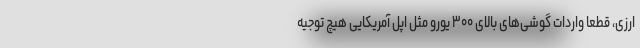
ارزی، قطعا واردات گوشی‌های بالای ۳۰۰ یورو مثل اپل آمریکایی هیچ توجیه